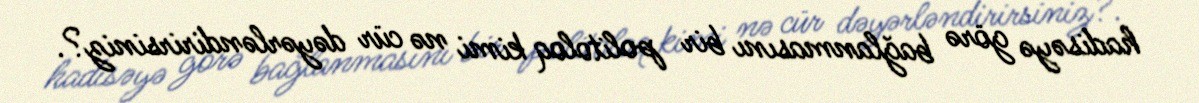
hadisəyə görə bağlanmasını bir politoloq kimi nə cür dəyərləndirirsiniz?.